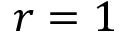
r = 1